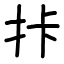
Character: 拤